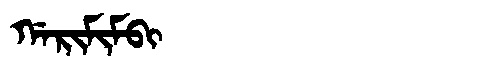
Manchu: ᡤᠠᡵᡳᠮᡳᠮᠪᡳ
Romanization: GARIMIMBI